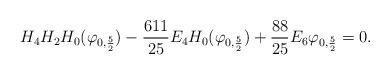
\begin{align*}H_4H_2H_0(\varphi_{0,\frac 52})-\frac{611}{25}E_4H_0(\varphi_{0,\frac 52})+\frac{88}{25}E_6\varphi_{0,\frac 52}=0.\end{align*}